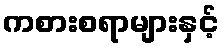
ကစားစရာများနှင့်